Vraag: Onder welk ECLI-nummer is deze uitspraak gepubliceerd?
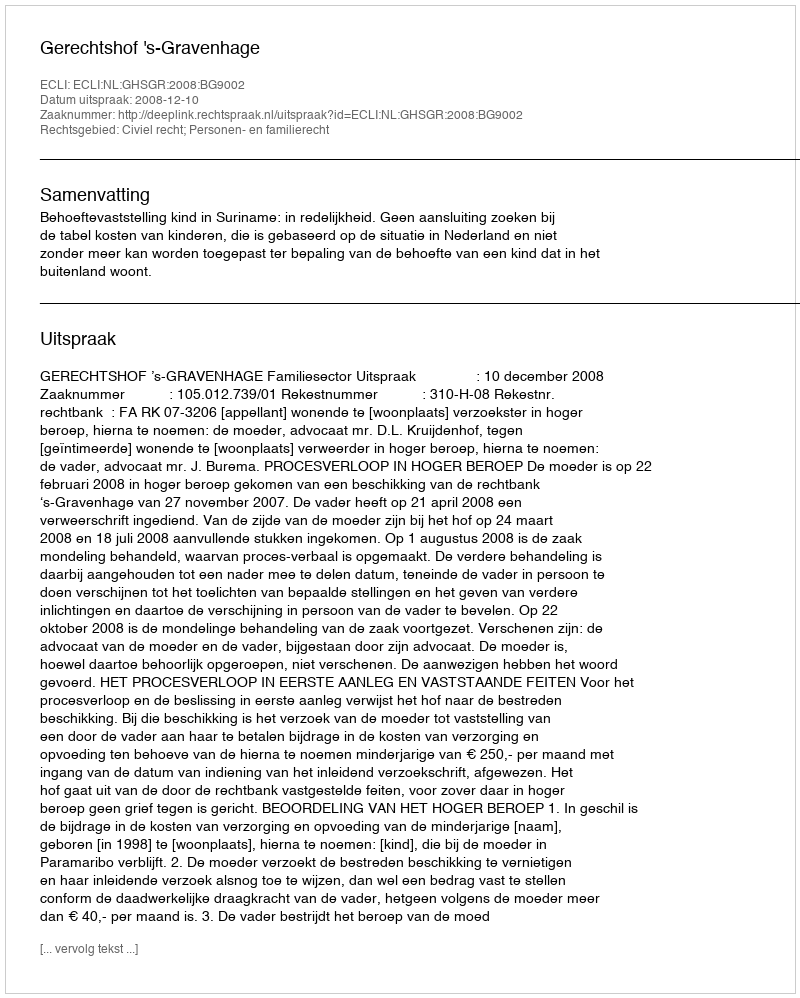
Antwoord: ECLI:NL:GHSGR:2008:BG9002